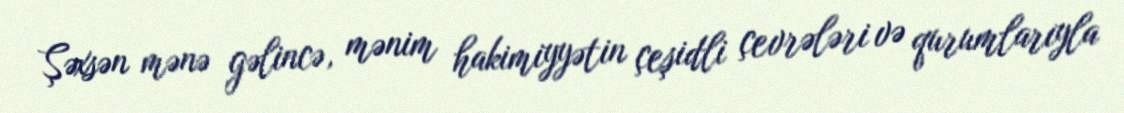
Şəxsən mənə gəlincə, mənim hakimiyyətin çeşidli çevrələri və qurumlarıyla